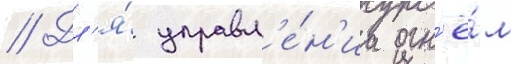
// Дл'я́ управл'е́н'иа огн'ё́м